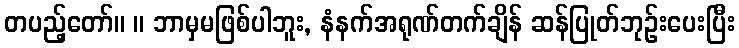
တပည့်တော်။ ။ ဘာမှမဖြစ်ပါဘူး, နံနက်အရုဏ်တက်ချိန် ဆန်ပြုတ်ဘုဉ်းပေးပြီး